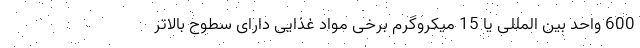
600 واحد بین المللی یا 15 میکروگرم برخی مواد غذایی دارای سطوح بالاتر